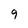
Character: 9